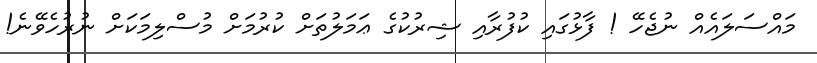
މައްސަލައެއް ނުޖެހޭ ! ފާޅުގައި ކުފުރާއި ޝިރުކުގެ ޢަމަލުތަށް ކުރުމަށް މުސްލިމަކަށް ނުރުހެވޭނެ!